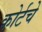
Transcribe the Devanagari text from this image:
कोर्टचे